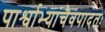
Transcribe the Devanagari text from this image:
पार्श्वाभ्यांचैवपादतः